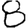
Digit: 8